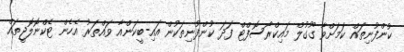
ކުންފުނިތައް ކަމަށްވާ ގޫގުލް މައިކްރޯސޮފްޓް ފަދަ ކުންފުނިތަކުން އައި-ބީކަންއާ ވައްތަރު އެހެން ޓެކްނޮލޮޖީތައް